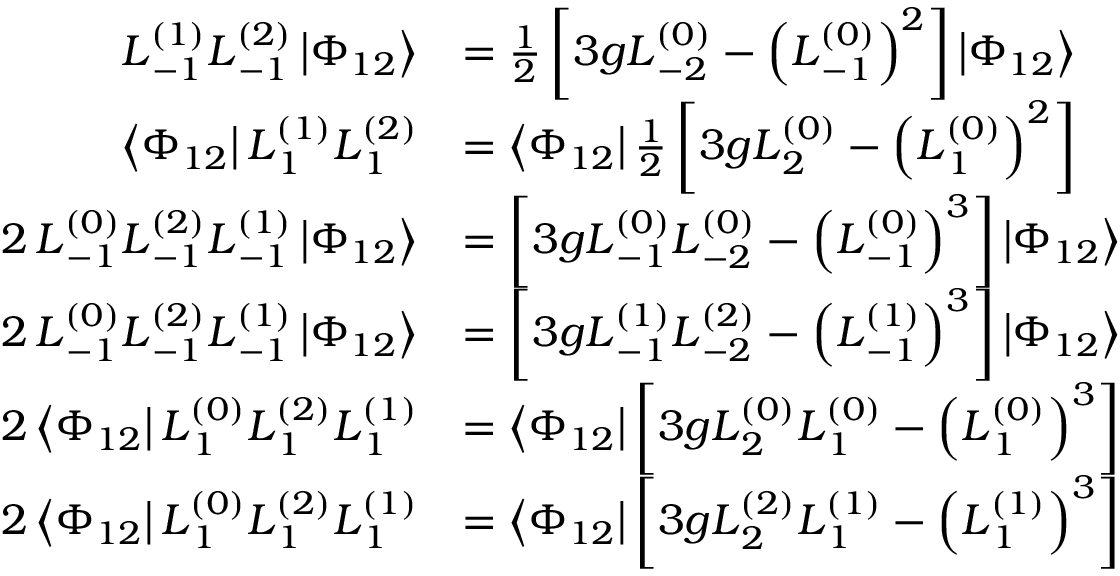
\begin{array} { r l } { L _ { \, - 1 } ^ { ( 1 ) } L _ { \, - 1 } ^ { ( 2 ) } \left| \Phi _ { 1 2 } \right\rangle } & { = \frac { 1 } { 2 } \left[ 3 g L _ { \, - 2 } ^ { ( 0 ) } - \left( L _ { \, - 1 } ^ { ( 0 ) } \right) ^ { 2 } \right] \left| \Phi _ { 1 2 } \right\rangle } \\ { \left\langle \Phi _ { 1 2 } \right| L _ { \, 1 } ^ { ( 1 ) } L _ { \, 1 } ^ { ( 2 ) } } & { = \left\langle \Phi _ { 1 2 } \right| \frac { 1 } { 2 } \left[ 3 g L _ { \, 2 } ^ { ( 0 ) } - \left( L _ { \, 1 } ^ { ( 0 ) } \right) ^ { 2 } \right] } \\ { 2 \, L _ { \, - 1 } ^ { ( 0 ) } L _ { \, - 1 } ^ { ( 2 ) } L _ { \, - 1 } ^ { ( 1 ) } \left| \Phi _ { 1 2 } \right\rangle } & { = \left[ 3 g L _ { \, - 1 } ^ { ( 0 ) } L _ { \, - 2 } ^ { ( 0 ) } - \left( L _ { \, - 1 } ^ { ( 0 ) } \right) ^ { 3 } \right] \left| \Phi _ { 1 2 } \right\rangle } \\ { 2 \, L _ { \, - 1 } ^ { ( 0 ) } L _ { \, - 1 } ^ { ( 2 ) } L _ { \, - 1 } ^ { ( 1 ) } \left| \Phi _ { 1 2 } \right\rangle } & { = \left[ 3 g L _ { \, - 1 } ^ { ( 1 ) } L _ { \, - 2 } ^ { ( 2 ) } - \left( L _ { \, - 1 } ^ { ( 1 ) } \right) ^ { 3 } \right] \left| \Phi _ { 1 2 } \right\rangle } \\ { 2 \left\langle \Phi _ { 1 2 } \right| L _ { \, 1 } ^ { ( 0 ) } L _ { \, 1 } ^ { ( 2 ) } L _ { \, 1 } ^ { ( 1 ) } } & { = \left\langle \Phi _ { 1 2 } \right| \left[ 3 g L _ { \, 2 } ^ { ( 0 ) } L _ { \, 1 } ^ { ( 0 ) } - \left( L _ { \, 1 } ^ { ( 0 ) } \right) ^ { 3 } \right] } \\ { 2 \left\langle \Phi _ { 1 2 } \right| L _ { \, 1 } ^ { ( 0 ) } L _ { \, 1 } ^ { ( 2 ) } L _ { \, 1 } ^ { ( 1 ) } } & { = \left\langle \Phi _ { 1 2 } \right| \left[ 3 g L _ { \, 2 } ^ { ( 2 ) } L _ { \, 1 } ^ { ( 1 ) } - \left( L _ { \, 1 } ^ { ( 1 ) } \right) ^ { 3 } \right] } \end{array}